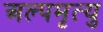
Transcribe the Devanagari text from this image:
अल्पमृत्यु